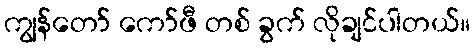
ကျွန်တော် ကော်ဖီ တစ် ခွက် လိုချင်ပါတယ်။